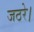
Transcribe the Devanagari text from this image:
जठरे।